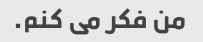
من فکر می کنم.